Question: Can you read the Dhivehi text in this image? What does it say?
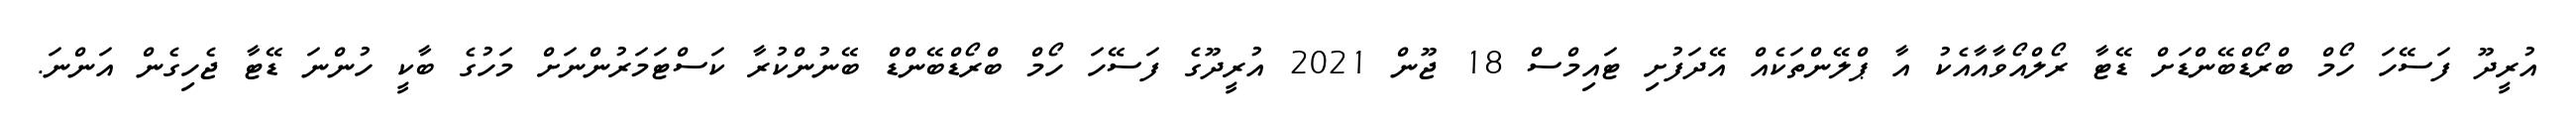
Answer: އުރީދޫ ފަސޭހަ ހޯމް ބްރޯޑްބޭންޑަށް ޑޭޓާ ރޯލްއޯވާއާއެކު އާ ޕްލޭންތަކެއް އޭދަފުށި ޓައިމްސް 18 ޖޫން 2021 އުރީދޫގެ ފަސޭހަ ހޯމް ބްރޯޑްބޭންޑް ބޭނުންކުރާ ކަސްޓަމަރުންނަށް މަހުގެ ބާކީ ހުންނަ ޑޭޓާ ޖެހިގެން އަންނަ.